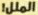
الملل!